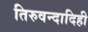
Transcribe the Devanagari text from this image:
तिरुवन्दादिही